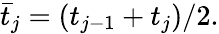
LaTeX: \begin{array}{r}{\bar{t}_{j}=\left({t}_{j-1}+{t}_{j}\right)/2.}\end{array}